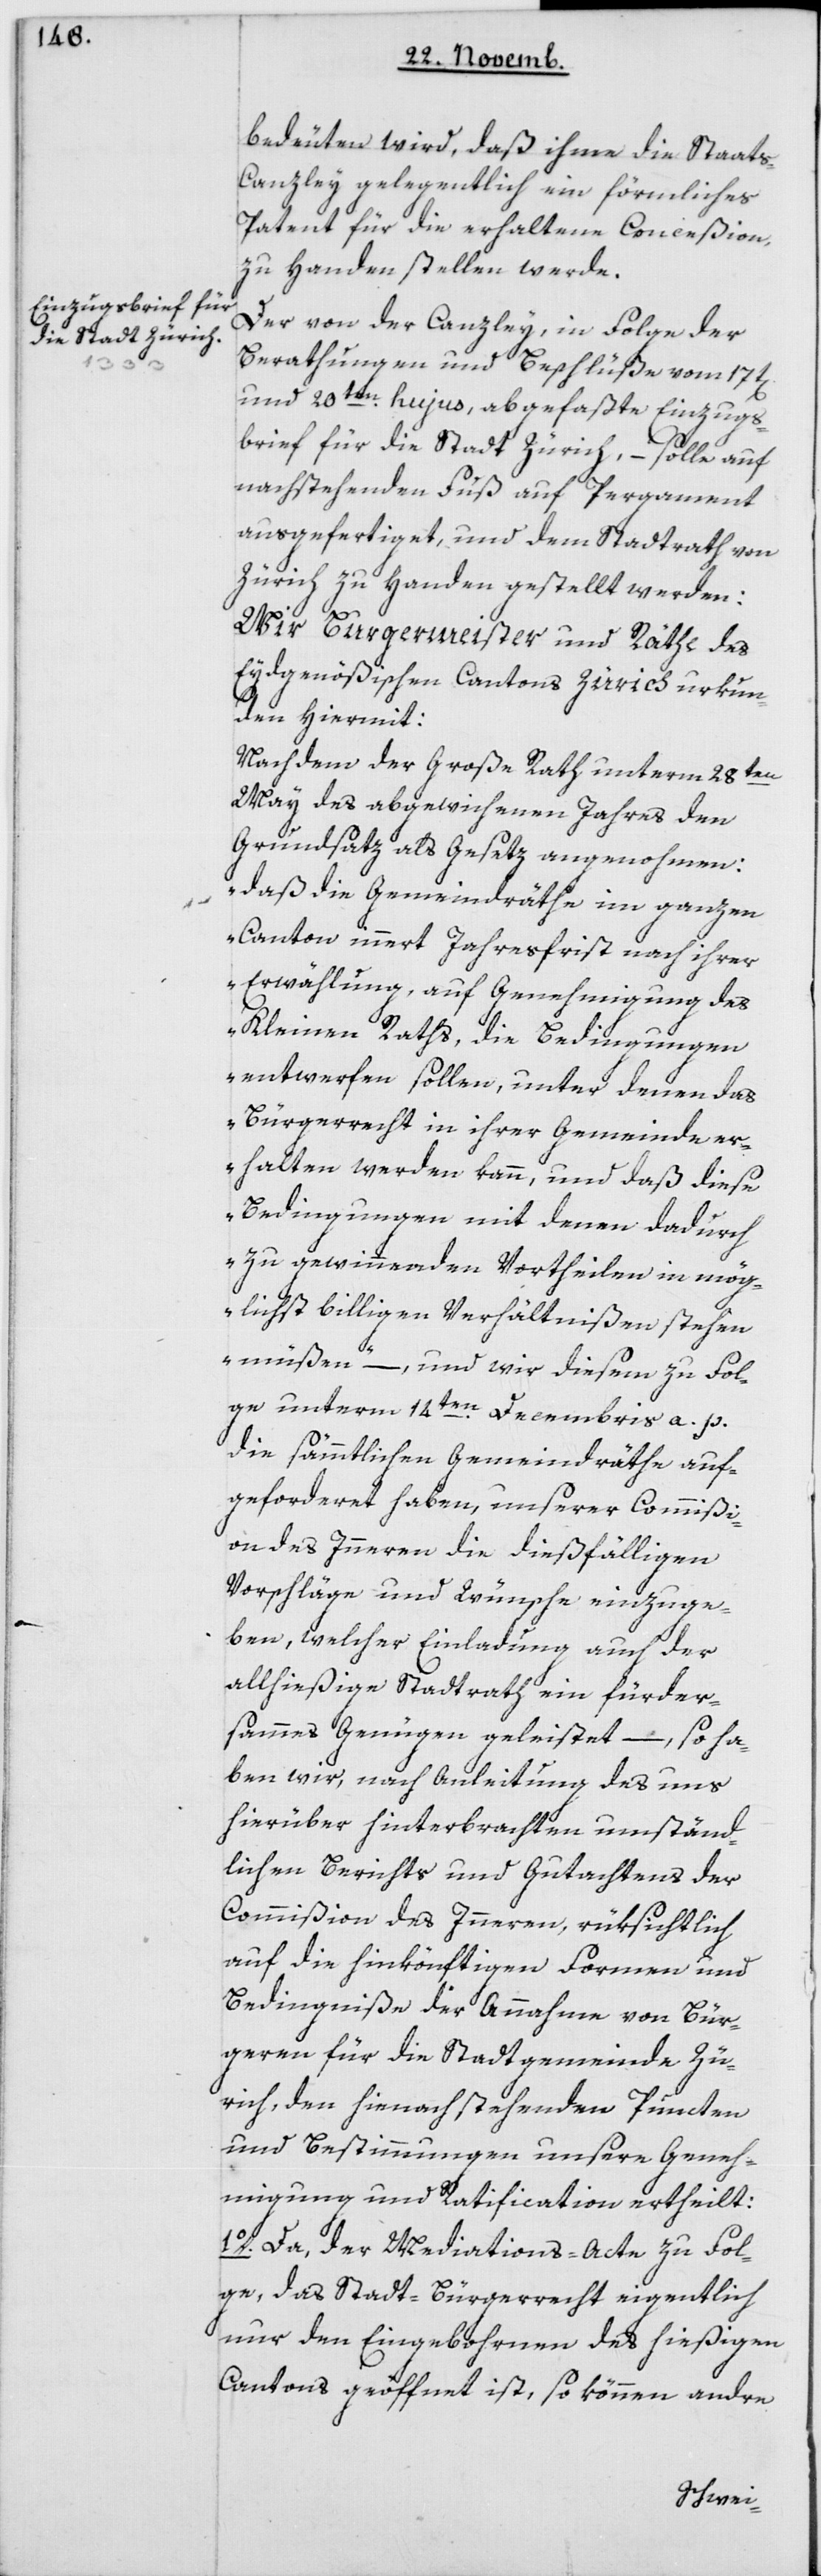
bedeuten wird, daß ihme die Staat¬
s-Canzley gelegentlich ein förmliches
Patent für die erhaltene Conceßion
zu Handen stellen werde.
Der von der Canzley, in Folge der
Berathungen und Beschlüße vom 17t[en]
und 20ten hujus, abgefaßte Einzugs¬
brief für die Stadt Zürich, – solle auf
nachstehenden Fuß auf Pergament
ausgefertiget, und dem Stadtrath von
Zürich zu Handen gestellt werden:
Wir Burgermeister und Räthe des
Eydgenößischen Cantons Zürich urkun¬
den hiermit:
Nachdem der große Rath unterm 28ten
May des abgewichenen Jahres den
Grundsatz als Gesetz angenohmen:
„daß die Gemeindräthe im ganzen
Canton innert Jahresfrist nach ihrer
Erwählung, auf Genehmigung des
Kleinen Raths, die Bedingungen
entwerfen sollen, unter denen das
Bürgerrecht in ihrer Gemeinde er¬
halten werden kann, und daß diese
Bedingungen mit denen dadurch
zu gewinnenden Vortheilen in mög¬
lichst billigen Verhältnißen stehen
müßen“ – und wir diesem zu Fol¬
ge unterm 14ten Decembris a. p.
die sämmtlichen Gemeindräthe auf¬
geforderet haben, unserer Commißi¬
on des Innern die dießfälligen
Vorschläge und Wünsche einzuge¬
ben, welcher Einladung auch der
allhießige Stadtrath ein fürder¬
sames Genügen geleistet, – so ha¬
ben wir, nach Anleitung des uns
hierüber hinterbrachten umständ¬
lichen Berichts und Gutachtens der
Commißion des Innern, rüksichtlich
auf die hinkönftigen Formen und
Bedingniße der Annahme von Bür¬
geren für die Stadtgemeinde Zü¬
rich, den hie nachstehenden Puncten
und Bestimmungen unsere Geneh¬
migung und Ratification ertheilt:
1. Da der Mediations-Acte zufol¬
ge, das Stadt-Bürgerrecht eigentlich
nur den Eingebohrnen des hießigen
Cantons geöffnet ist, so können andre